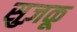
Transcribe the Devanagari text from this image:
सुज़कू